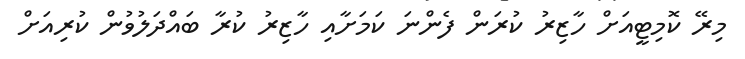
މިރޭ ކޮމިޓީއަށް ހާޒިރު ކުރަން ފެންނަ ކަމަށާއި ހާޒިރު ކުރާ ބައްދަލުވުން ކުރިއަށް